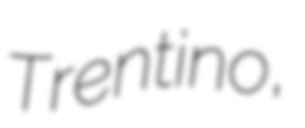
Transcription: Trentino,